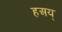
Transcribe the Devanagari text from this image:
हअय्